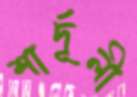
শার্দূলী